Report of the Municipal Commissioner on the plague in Bombay for the year ending 31st May... - Volume 1
Disease focus: Plague
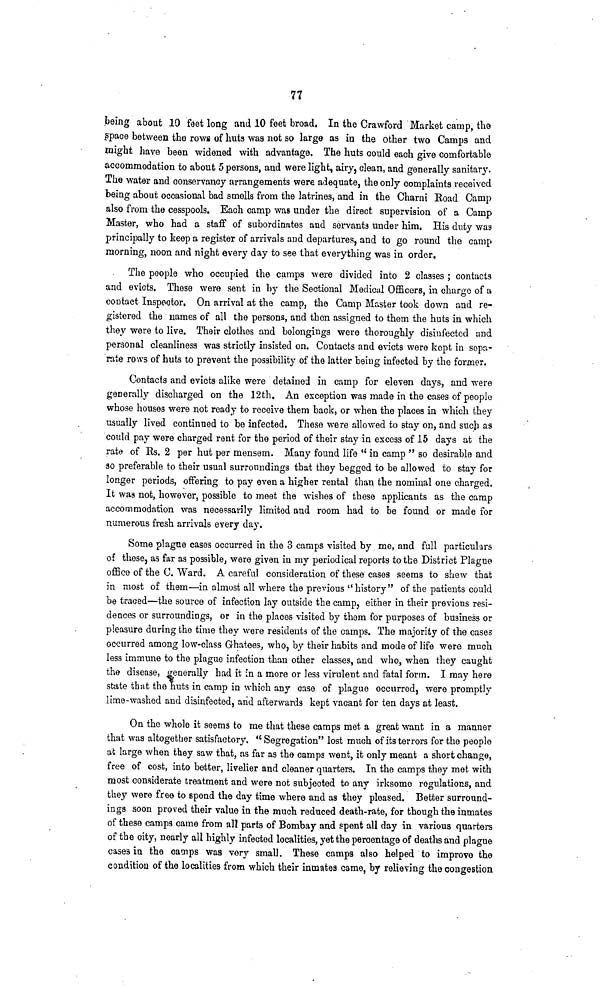
77
being about 10 feet long and 10 feet broad, In the Crawford Market camp, the
space between the rows of huts was not so large as in the other two Camps and
might have been widened with advantage. The huts could each give comfortable
accommodation to about 5 persons, and were light, airy, clean, and generally sanitary.
The water and conservancy arrangements were adequate, the only complaints received
being about occasional bad smells from the latrines, and in the Charni Road Camp
also from the cesspools. Each camp was under the direct supervision of a Camp
Master, who had a staff of subordinates and servants under him. His duty was
principally to keep a register of arrivals and departures, and to go round the camp
morning, noon and night every day to see that everything was in order.
The people who occupied the camps were divided into 2 classes ; contacts
and evicts. These were sent in by the Sectional Medical Officers, in chargo of a
contact Inspector, On arrival at the camp, the Camp Master took down and re-
gistered the names of all the persons, and then assigned to them the huts in which
they were to live. Their clothes and belongings were thoroughly disinfected and
personal cleanliness was strictly insisted on. Contacts and evicts were kept in sepa-
rate rows of huts to prevent the possibility of the latter being infected by the former.
Contacts and evicts alike were detained in camp for eleven days, and were
generally discharged on the 12th. An exception was made in the cases of people
whose houses were not ready to receive them back, or when the places in which they
usually lived continued to be infected. These were allowed to stay on, and such as
could pay were charged rent for the period of their stay in excess of 15 days at the
rate of Es. 2 per hut per mensem. Many found life " in camp " so desirable and
so preferable to their usual surroundings that they begged to be allowed to stay for
longer periods, offering to pay even a higher rental than the nominal one charged.
It was not, however, possible to meet the wishes of these applicants as the camp
accommodation was necessarily limited and room had to be found or made for
numerous fresh arrivals every day.
Some plague cases occurred in the 3 camps visited by me, and full particulars
of these, as far as possible, were given in my periodical reports to the District Plague
office of the C. Ward. A careful consideration of these cases seems to shew that
in most of them—in almost all where the previous "history" of the patients could
be traced—the source of infection lay outside the camp, either in their previous resi-
dences or surroundings, or in the places visited by them for purposes of business or
pleasure during the time they were residents of the camps. The majority of the cases
occurred among low-class Ghatees, who, by their habits and mode of life were much
less immune to the plague infection than other classes, and who, when they caught
the disease, generally had it in a more or less virulent and fatal form. I may here
state that the huts in camp in which any case of plague occurred, were promptly
lime-washed and disinfected, and afterwards kept vacant for ten days at least.
On the whole it seems to me that these camps met a great want in a manner
that was altogether satisfactory. " Segregation" lost much of its terrors for the people
ab large when they saw that, as far as the camps went, it only meant a short change,
free of cost, into better, livelier and cleaner quarters. In the camps they met with
most considerate treatment and were not subjected to any irksome regulations, and
they were free to spend the day time where and as they pleased. Better surround-
ings soon proved their value in the much reduced death-rate, for though the inmates
of these camps came from all parts of Bombay and spent all day in various quarters
of the city, nearly all highly infected localities, yet the percentage of deaths and plague
cases in the camps was very small. These camps also helped to improve the
condition of tho localities from which their inmates came, by relieving the congestion